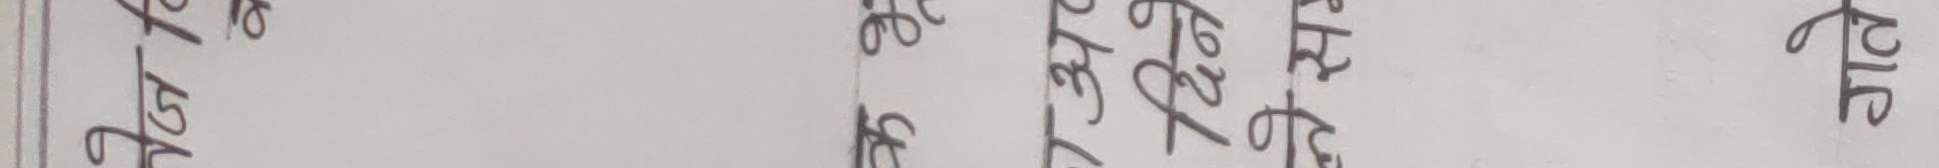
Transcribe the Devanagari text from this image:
पटेल
श्री मिग
गे जि छैं
जि.स.